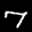
Label: 7